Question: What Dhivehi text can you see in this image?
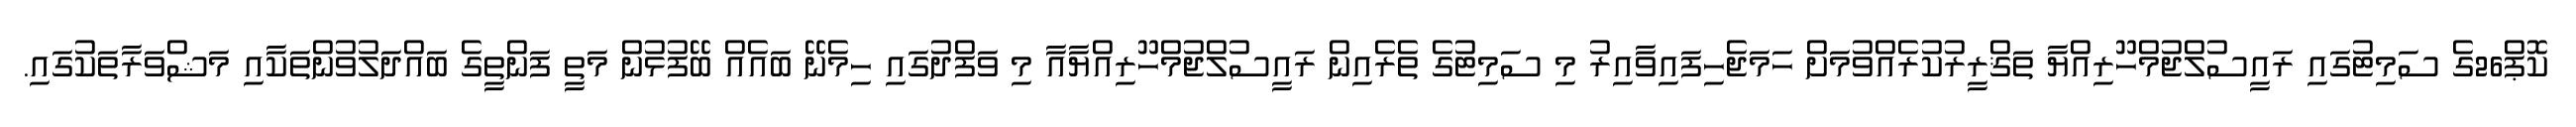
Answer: ކޮޕް26ގެ ސަމިޓުގައި ރައީސުލްޖުމްހޫރިއްޔާ ތަޤްރީރުކުރެއްވުމަށް ހަމަޖެހިފައިވާއިރު މި ސަމިޓުގެ ތެރެއިން ރައީސުލްޖުމްހޫރިއްޔާއާ މި ވަފްދުގައި ހިމެނޭ ބައެއް ބޭފުޅުން މަތީ ފަންތީގެ ބައްދަލުވުންތަކާއި މަޝްވަރާތަކުގައި.